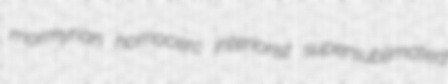
mormyrian homocerc interiorist supersublimated